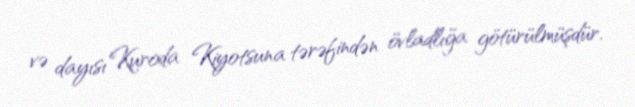
və dayısı Kuroda Kiyotsuna tərəfindən övladlığa götürülmüşdür.